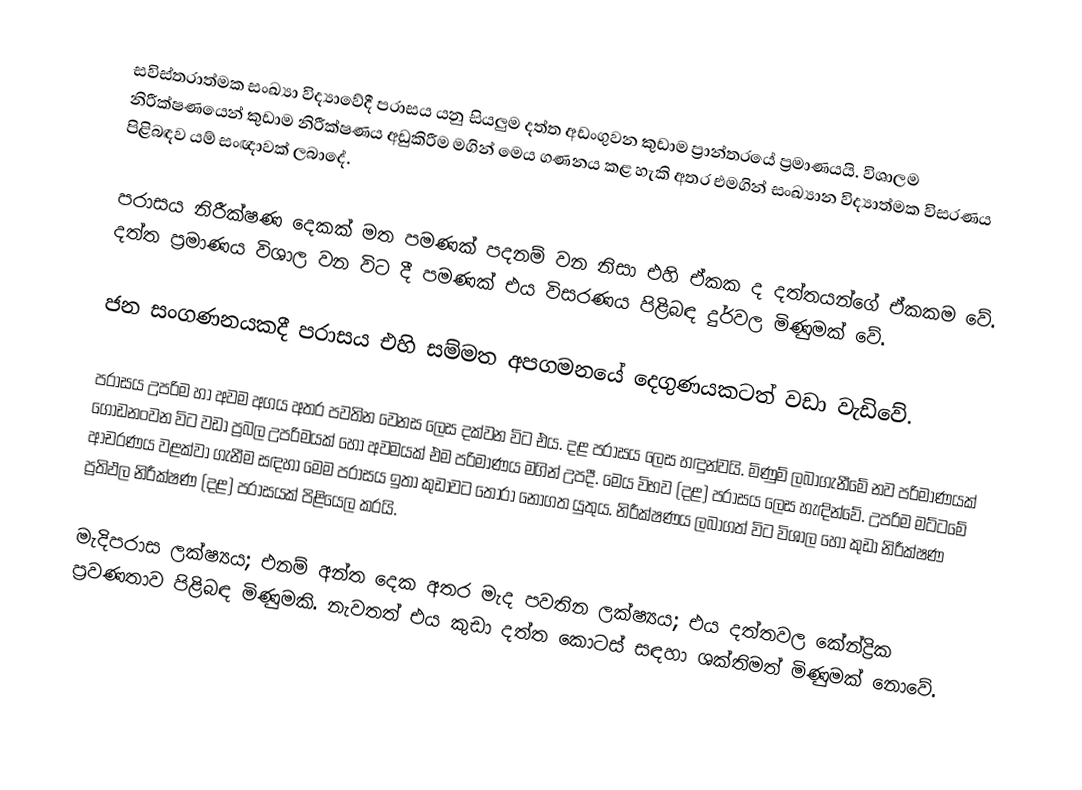
සවිස්තරාත්මක සංඛ්‍යා විද්‍යාවේදී පරාසය යනු සියලුම දත්ත අඩංගුවන කුඩාම ප්‍රාන්තරයේ ප්‍රමාණයයි. විශාලම නිරීක්ෂණයෙන් කුඩාම නිරීක්ෂණය අඩුකිරීම මගින් මෙය ගණනය කළ හැකි අතර එමගින් සංඛ්‍යාන විද්‍යාත්මක විසරණය පිළිබඳව යම් සංඥාවක් ලබාදේ.

පරාසය නිරීක්ෂණ දෙකක් මත පමණක් පදනම් වන නිසා එහි ඒකක ද දත්තයන්ගේ ඒකකම වේ. දත්ත ප්‍රමාණය විශාල වන විට දී පමණක් එය විසරණය පිළිබඳ දුර්වල මිණුමක් වේ.

ජන සංගණනයකදී පරාසය එහි සම්මත අපගමනයේ දෙගුණයකටත් වඩා වැඩිවේ.

පරාසය උපරිම හා අවම අගය අතර පවතින වෙනස ලෙස දක්වන විට එය. දළ පරාසය ලෙස හඳුන්වයි. මිණුම් ලබාගැනීමේ නව පරිමාණයක් ගොඩනංවන විට වඩා ප්‍රබල උපරිමයක් හෝ අවමයක් එම පරිමාණය මගින් උපදී. මෙය විභව (දළ) පරාසය ලෙස හැඳින්වේ. උපරිම මට්ටමේ ආචරණය වළක්වා ගැනීම සඳහා මෙම පරාසය ඉතා කුඩාවට තෝරා නොගත යුතුය. නිරීක්ෂණය ලබාගත් වි‍ට විශාල හෝ කුඩා නිරීක්ෂණ ප්‍රතිඵල නිරීක්ෂණ (දළ) පරාසයක් පිළියෙල කරයි.

මැදිපරාස ලක්ෂ්‍යය; එනම් අන්ත දෙක අතර මැද පවතින ලක්ෂ්‍යය; එය දත්තවල කේන්ද්‍රික ප්‍රවණතාව පිළිබඳ මිණුමකි. නැවතත් එය කුඩා දත්ත කොටස් සඳහා ශක්තිමත් මිණුමක් නොවේ.